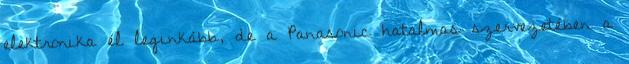
elektronika él leginkább, de a Panasonic hatalmas szervezetében a